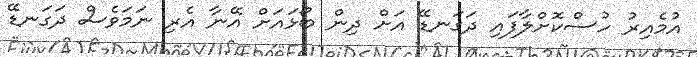
އުމެއިރު ހުސްކޮށްލާފައި ދަގަނޑޭ އަށް ދިން ބޯޅައަށް އޭނާ އެރި ނަމަވެސް ދަގަނޑޭ